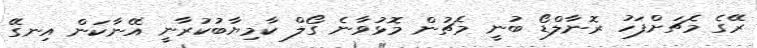
ރޭގެ މެޗަށްފަހު ރޮނާލްޑޯ ބުނީ މެޗުން މޮޅުވާނެ ގޯލް ކާމިޔާބުކުރާނީ އޭނާކަން އިނގޭ